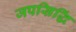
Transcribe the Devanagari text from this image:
जपसिद्धिं